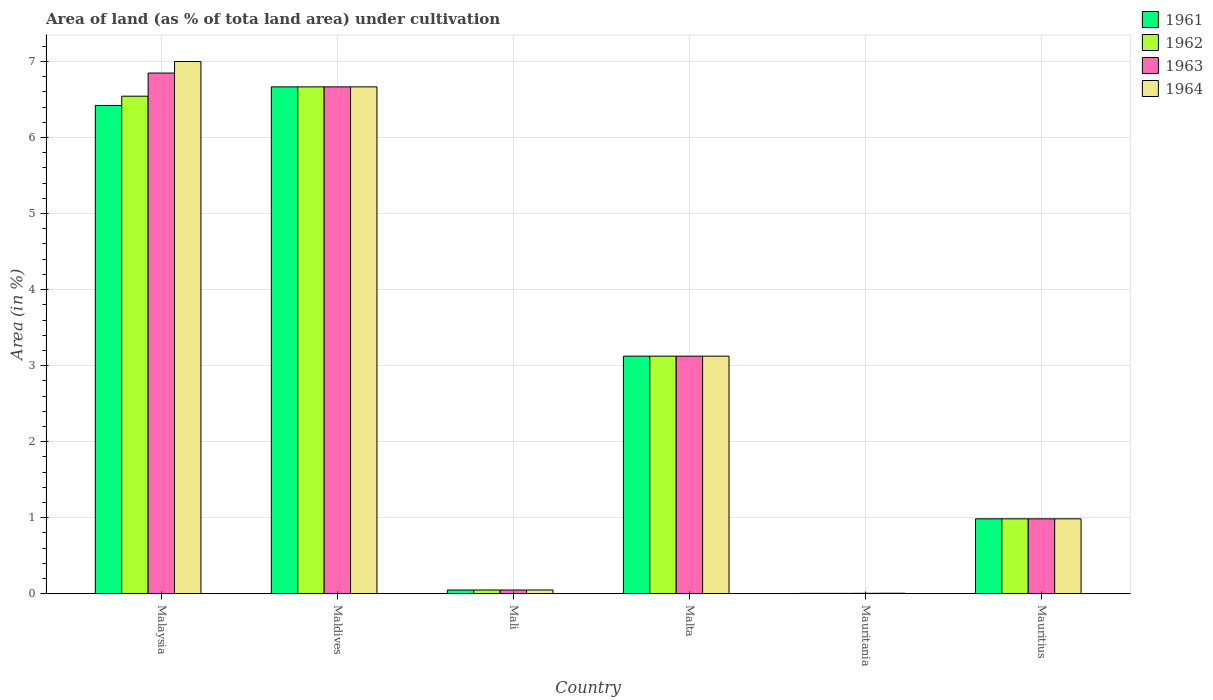
| Country | 1961 | 1962 | 1963 | 1964 |
 | --- | --- | --- | --- | --- |
 | Malaysia | 6.42 | 6.54 | 6.85 | 7 |
 | Maldives | 6.67 | 6.67 | 6.67 | 6.67 |
 | Mali | 0.0492 | 0.0492 | 0.0492 | 0.0492 |
 | Malta | 3.12 | 3.12 | 3.12 | 3.12 |
 | Mauritania | 0.00485 | 0.00485 | 0.00582 | 0.00679 |
 | Mauritius | 0.985 | 0.985 | 0.985 | 0.985 |